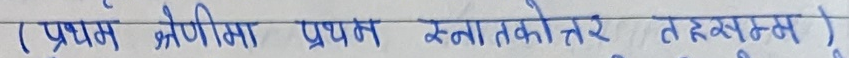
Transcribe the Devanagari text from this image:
(प्रथम श्रेणीमा प्रथम स्नातकोत्तर तहमा)